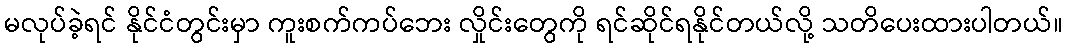
မလုပ်ခဲ့ရင် နိုင်ငံတွင်းမှာ ကူးစက်ကပ်ဘေး လှိုင်းတွေကို ရင်ဆိုင်ရနိုင်တယ်လို့ သတိပေးထားပါတယ်။